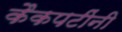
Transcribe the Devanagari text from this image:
कैकपटींनी